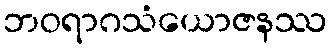
ဘဝရာဂသံယောဇနဿ